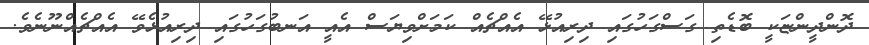
ދޮންދީންޏަކީ ބޮޑެތި ގަސްގަހުގައި ދިރިއުޅޭ އެއްޗެއް ކަމަށްވިޔަސް އެއީ އަނބުގަހުގައި ދިރިއުޅެވޭ އެއްޗެއްނޫނެވެ.